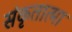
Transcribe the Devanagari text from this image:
संकृतात्मा